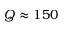
Q \approx 1 5 0